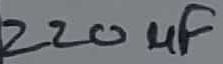
Text: 220µF